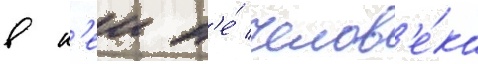
в н'еи н'е́ челов'е́ка